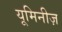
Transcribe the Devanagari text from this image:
यूमिनीज़